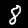
Label: 8